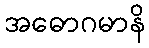
အဓောဂမာနိ